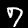
Digit: 7